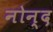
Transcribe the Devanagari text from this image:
नोन्द